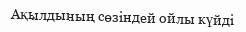
Ақылдының сөзіндей ойлы күйді